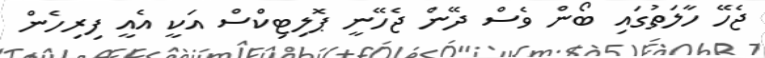
ޖެހޭ ހާލަތުގައި ބޯން ވެސް ދޭން ޖެހޭނީ ޕޮލިޓިކްސް އަކީ އެއީ ފިރިހެން